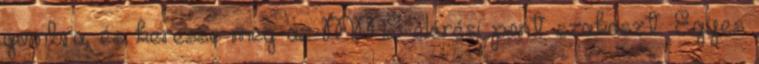
gombra, és keresse meg az MMS-elérési pont szakaszt. Egyes